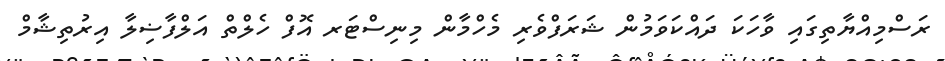
ރަސްމިއްޔާތިގައި ވާހަކަ ދައްކަވަމުން ޝަރަފްވެރި މެހްމާން މިނިސްޓަރ އޮފް ހެލްތް އަލްފާޟިލާ އިރުތިޝާމް